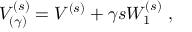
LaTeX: V _ { ( \gamma ) } ^ { ( s ) } = V ^ { ( s ) } + \gamma s W _ { 1 } ^ { ( s ) } \; ,